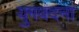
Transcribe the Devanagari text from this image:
युगवंदना